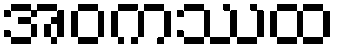
အဝကဿထ